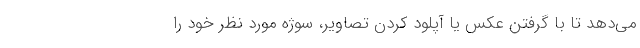
می‌دهد تا با گرفتن عکس یا آپلود کردن تصاویر، سوژه مورد نظر خود را